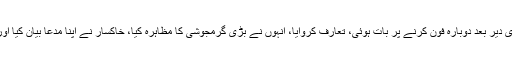
واٹس ایپ میں ٹیکسٹ کیا، تھوڑی دیر بعد دوبارہ فون کرنے پر بات ہوئی، تعارف کروایا، انہوں نے بڑی گرمجوشی کا مظاہرہ کیا، خاکسار نے اپنا مدعا بیان کیا اور ”مبینہ استفتا“ واٹس ایپ کر دیا۔